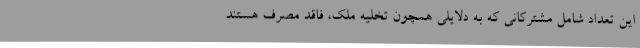
این تعداد شامل مشترکانی که به دلایلی همچون تخلیه ملک، فاقد مصرف هستند